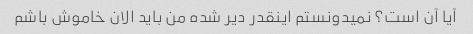
آیا آن است؟ نمیدونستم اینقدر دیر شده من باید الان خاموش باشم